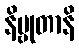
နိဗ္ဗုတာနိ